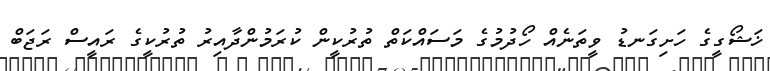
ޚަޝޯގީގެ ހަށިގަނޑު ވީތަނެއް ހޯދުމުގެ މަސައްކަތް ތުރުކީން ކުރަމުންދާއިރު ތުރުކީގެ ރައީސް ރަޖަބް